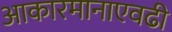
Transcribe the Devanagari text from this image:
आकारमानाएवढी